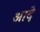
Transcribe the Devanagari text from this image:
आदे